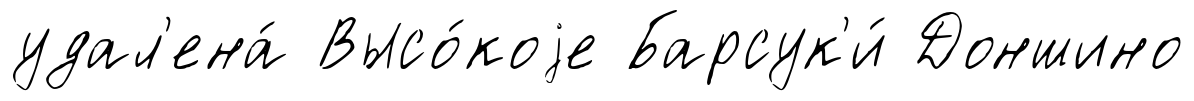
удал'ена́ Высо́коjе Барсук'и́ Доншино